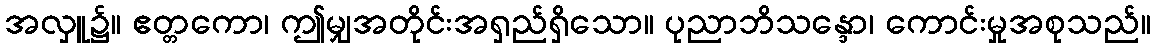
အလှူ၌။ ဧတ္တကော၊ ဤမျှအတိုင်းအရှည်ရှိသော။ ပုညာဘိသန္ဒော၊ ကောင်းမှုအစုသည်။